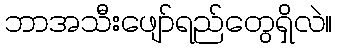
ဘာအသီးဖျော်ရည်တွေရှိလဲ။